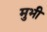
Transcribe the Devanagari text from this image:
मुभी